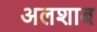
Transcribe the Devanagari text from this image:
अलशाब